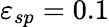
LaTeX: \varepsilon_{sp}=0.1